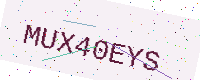
Text: MUX40EYS